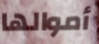
أموالها